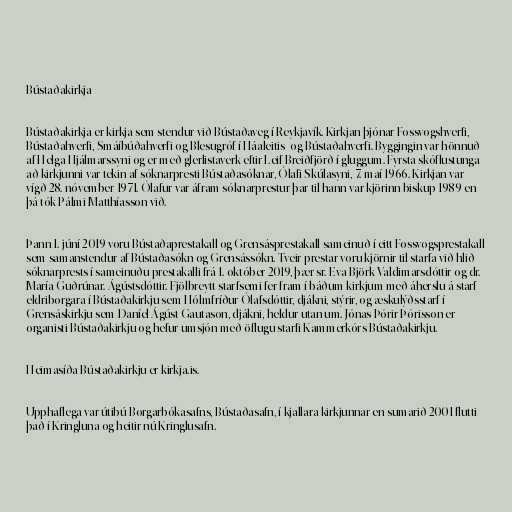
Bústaðakirkja

Bústaðakirkja er kirkja sem stendur við Bústaðaveg í Reykjavík. Kirkjan þjónar Fossvogshverfi,
Bústaðahverfi, Smáíbúðahverfi og Blesugróf í Háaleitis- og Bústaðahverfi. Byggingin var hönnuð
af Helga Hjálmarssyni og er með glerlistaverk eftir Leif Breiðfjörð í gluggum. Fyrsta skóflustunga
að kirkjunni var tekin af sóknarpresti Bústaðasóknar, Ólafi Skúlasyni, 7. maí 1966. Kirkjan var
vígð 28. nóvember 1971. Ólafur var áfram sóknarprestur þar til hann var kjörinn biskup 1989 en
þá tók Pálmi Matthíasson við.

Þann 1. júní 2019 voru Bústaðaprestakall og Grensásprestakall sameinuð í eitt Fossvogsprestakall
sem samanstendur af Bústaðasókn og Grensássókn. Tveir prestar voru kjörnir til starfa við hlið
sóknarprests í sameinuðu prestakalli frá 1. október 2019, þær sr. Eva Björk Valdimarsdóttir og dr.
María Guðrúnar. Ágústsdóttir. Fjölbreytt starfsemi fer fram í báðum kirkjum með áherslu á starf
eldriborgara í Bústaðakirkju sem Hólmfríður Ólafsdóttir, djákni, stýrir, og æskulýðsstarf í
Grensáskirkju sem Daníel Ágúst Gautason, djákni, heldur utan um. Jónas Þórir Þórisson er
organisti Bústaðakirkju og hefur umsjón með öflugu starfi Kammerkórs Bústaðakirkju.

Heimasíða Bústaðakirkju er kirkja.is.

Upphaflega var útibú Borgarbókasafns, Bústaðasafn, í kjallara kirkjunnar en sumarið 2001 flutti
það í Kringluna og heitir nú Kringlusafn.